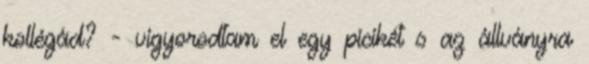
kollégád? - vigyorodtam el egy picikét s az állványra